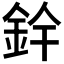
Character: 𮡰